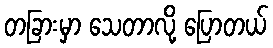
တခြားမှာ သေတာလို့ ပြောတယ်